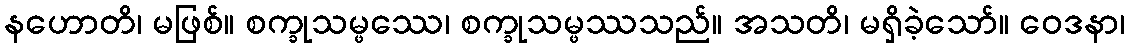
နဟောတိ၊ မဖြစ်။ စက္ခုသမ္ဖဿေ၊ စက္ခုသမ္ဖဿသည်။ အသတိ၊ မရှိခဲ့သော်။ ဝေဒနာ၊